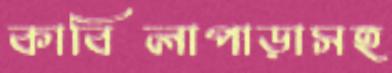
কাবিলাপাড়াসহ